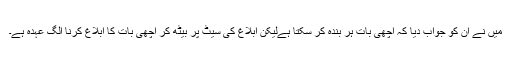
میں نے ان کو جواب دیا کہ اچھی بات ہر بندہ کر سکتا ہےلیکن ابلاغ کی سیٹ پر بیٹھ کر اچھی بات کا ابلاغ کرنا الگ عہدہ ہے۔